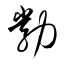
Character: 勃